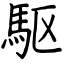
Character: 駆